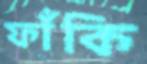
ফাঁকি